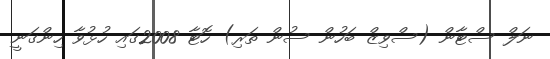
ނަލް ސްޓާން (ސްވިޒް ބަހުން ސުން ތަރި) ހޮޓާ 2008ގައި ހުޅުވާ ހިންގަނީ